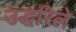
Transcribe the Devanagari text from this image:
उद्धरिले